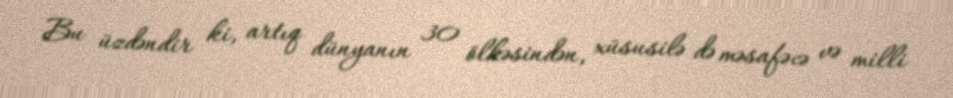
Bu üzdəndir ki, artıq dünyanın 30 ölkəsindən, xüsusilə də məsafəcə və milli